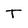
Character: T